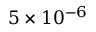
5 \times 1 0 ^ { - 6 }